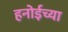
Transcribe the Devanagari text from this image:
हनोईच्या